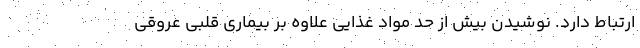
ارتباط دارد. نوشیدن بیش از حد مواد غذایی علاوه بر بیماری قلبی عروقی